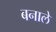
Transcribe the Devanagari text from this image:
बनाले